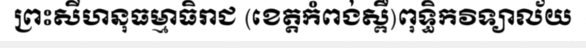
ព្រះសីហនុធម្មាធិរាជ (ខេត្តកំពង់ស្ពឺ)ពុទ្ធិកវិទ្យាល័យ